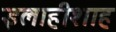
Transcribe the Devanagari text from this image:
इलाहीशाह